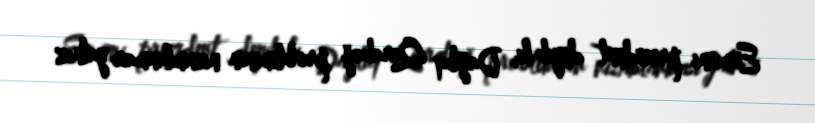
Erməni prezident deyib ki, Dağlıq Qarabağ probleminin nizamlanması yalnız